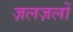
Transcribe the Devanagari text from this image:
ज़लज़लों